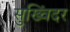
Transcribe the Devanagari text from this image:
सुख्विंदर